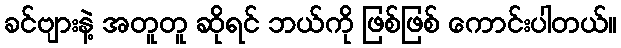
ခင်ဗျားနဲ့ အတူတူ ဆိုရင် ဘယ်ကို ဖြစ်ဖြစ် ကောင်းပါတယ်။